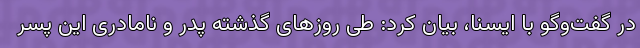
در گفت‌وگو با ایسنا، بیان کرد: طی روزهای گذشته پدر و نامادری این پسر